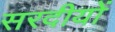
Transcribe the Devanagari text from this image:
सरदीयों